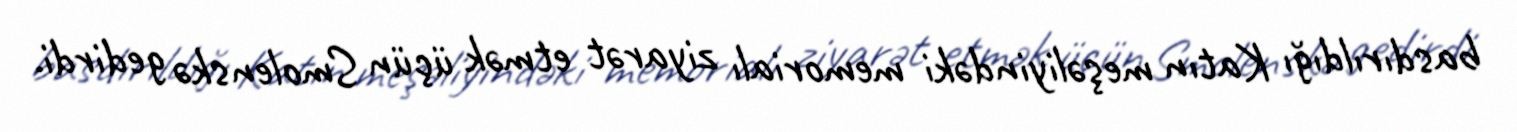
basdırıldığı Katın meşəliyindəki memorialı ziyarət etmək üçün Smolenskə gedirdi.